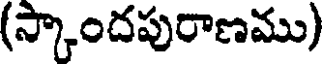
(స్కాందపురాణము)